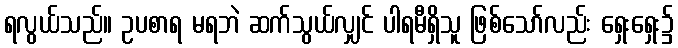
ရလွယ်သည်။ ဥပစာရ မရဘဲ ဆက်သွယ်လျှင် ပါရမီရှိသူ ဖြစ်သော်လည်း ရှေးရှေး၌